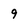
Character: 9